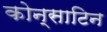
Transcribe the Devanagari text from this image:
कोन्साटिन